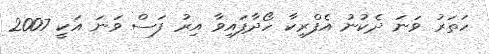
ހަތަރު ވަނަ ދެކުނު އެފްރިކާ ހޯދާފައިވާ އިރު ފަސް ވަނަ އަކީ 2007